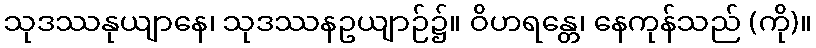
သုဒဿနုယျာနေ၊ သုဒဿနဥယျာဉ်၌။ ဝိဟရန္တေ၊ နေကုန်သည် (ကို)။